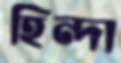
হিন্দা